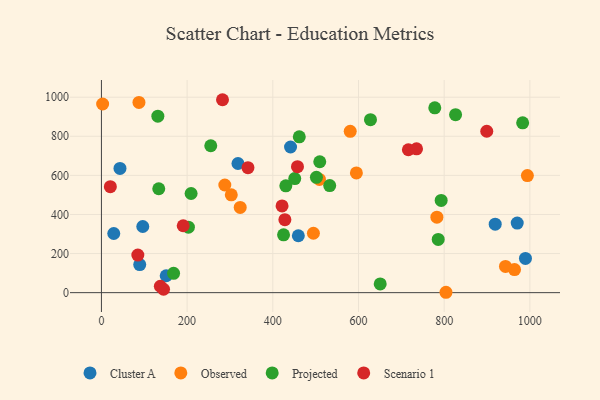
{"axis": {"x": "Speed", "y": "Salary"}, "legend": ["Cluster A", "Observed", "Projected", "Scenario 1"], "data": [{"x": "441.4", "y": 745.1, "type": "Cluster A"}, {"x": "43.3", "y": 635.7, "type": "Cluster A"}, {"x": "459.6", "y": 291.1, "type": "Cluster A"}, {"x": "970.5", "y": 355.9, "type": "Cluster A"}, {"x": "919.1", "y": 350.4, "type": "Cluster A"}, {"x": "89.4", "y": 143.8, "type": "Cluster A"}, {"x": "96.5", "y": 338.5, "type": "Cluster A"}, {"x": "989.7", "y": 175.2, "type": "Cluster A"}, {"x": "28.8", "y": 302.7, "type": "Cluster A"}, {"x": "151.2", "y": 86.5, "type": "Cluster A"}, {"x": "318.7", "y": 660.9, "type": "Cluster A"}, {"x": "303.1", "y": 500.4, "type": "Observed"}, {"x": "580.7", "y": 825.3, "type": "Observed"}, {"x": "494.8", "y": 303.8, "type": "Observed"}, {"x": "508.9", "y": 579.1, "type": "Observed"}, {"x": "87.6", "y": 973.2, "type": "Observed"}, {"x": "2.8", "y": 965.1, "type": "Observed"}, {"x": "323.9", "y": 435.8, "type": "Observed"}, {"x": "783.0", "y": 386.2, "type": "Observed"}, {"x": "595.1", "y": 612.7, "type": "Observed"}, {"x": "288.0", "y": 550.7, "type": "Observed"}, {"x": "964.2", "y": 118.2, "type": "Observed"}, {"x": "943.1", "y": 134.4, "type": "Observed"}, {"x": "994.2", "y": 599.2, "type": "Observed"}, {"x": "804.2", "y": 1.9, "type": "Observed"}, {"x": "133.8", "y": 531.5, "type": "Projected"}, {"x": "131.7", "y": 902.8, "type": "Projected"}, {"x": "786.1", "y": 272.5, "type": "Projected"}, {"x": "501.8", "y": 590.3, "type": "Projected"}, {"x": "650.7", "y": 44.7, "type": "Projected"}, {"x": "430.4", "y": 546.7, "type": "Projected"}, {"x": "532.8", "y": 547.6, "type": "Projected"}, {"x": "826.6", "y": 910.4, "type": "Projected"}, {"x": "451.2", "y": 583.5, "type": "Projected"}, {"x": "425.1", "y": 295.7, "type": "Projected"}, {"x": "168.4", "y": 99.1, "type": "Projected"}, {"x": "983.2", "y": 868.9, "type": "Projected"}, {"x": "778.1", "y": 945.7, "type": "Projected"}, {"x": "203.0", "y": 335.2, "type": "Projected"}, {"x": "209.3", "y": 507.2, "type": "Projected"}, {"x": "509.6", "y": 669.7, "type": "Projected"}, {"x": "255.2", "y": 751.6, "type": "Projected"}, {"x": "461.8", "y": 797.5, "type": "Projected"}, {"x": "628.0", "y": 885.0, "type": "Projected"}, {"x": "793.0", "y": 471.9, "type": "Projected"}, {"x": "457.6", "y": 644.4, "type": "Scenario 1"}, {"x": "428.2", "y": 373.2, "type": "Scenario 1"}, {"x": "716.4", "y": 731.1, "type": "Scenario 1"}, {"x": "282.6", "y": 987.1, "type": "Scenario 1"}, {"x": "137.5", "y": 32.8, "type": "Scenario 1"}, {"x": "145.0", "y": 17.5, "type": "Scenario 1"}, {"x": "421.6", "y": 443.8, "type": "Scenario 1"}, {"x": "20.8", "y": 542.1, "type": "Scenario 1"}, {"x": "899.4", "y": 825.9, "type": "Scenario 1"}, {"x": "190.9", "y": 342.3, "type": "Scenario 1"}, {"x": "85.0", "y": 192.1, "type": "Scenario 1"}, {"x": "735.5", "y": 735.8, "type": "Scenario 1"}, {"x": "342.0", "y": 639.5, "type": "Scenario 1"}]}